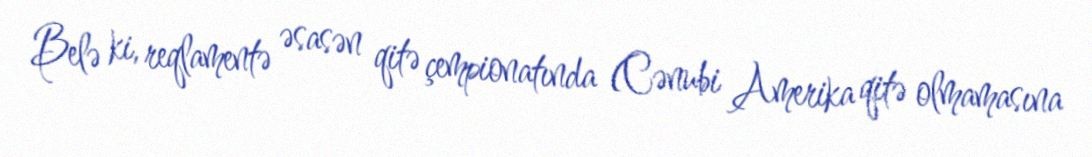
Belə ki, reqlamentə əsasən qitə çempionatında (Cənubi Amerika qitə olmamasına